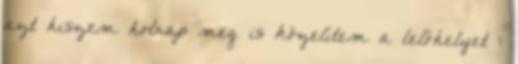
azt hiszem holnap meg is közelítem a lelőhelyet :